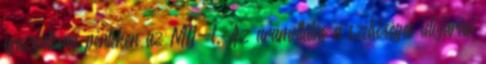
igazgatóság pénteken az MTI-t. Az áramellátás a szélsőséges időjárási